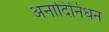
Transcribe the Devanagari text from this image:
अनादिनिधन